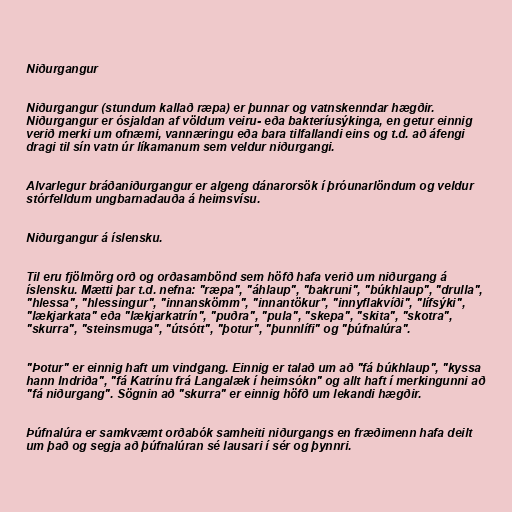
Niðurgangur

Niðurgangur (stundum kallað ræpa) er þunnar og vatnskenndar hægðir.
Niðurgangur er ósjaldan af völdum veiru- eða bakteríusýkinga, en getur einnig
verið merki um ofnæmi, vannæringu eða bara tilfallandi eins og t.d. að áfengi
dragi til sín vatn úr líkamanum sem veldur niðurgangi.

Alvarlegur bráðaniðurgangur er algeng dánarorsök í þróunarlöndum og veldur
stórfelldum ungbarnadauða á heimsvísu.

Niðurgangur á íslensku.

Til eru fjölmörg orð og orðasambönd sem höfð hafa verið um niðurgang á
íslensku. Mætti þar t.d. nefna: "ræpa", "áhlaup", "bakruni", "búkhlaup", "drulla",
"hlessa", "hlessingur", "innanskömm", "innantökur", "innyflakvíði", "lífsýki",
"lækjarkata" eða "lækjarkatrín", "puðra", "pula", "skepa", "skita", "skotra",
"skurra", "steinsmuga", "útsótt", "þotur", "þunnlífi" og "þúfnalúra".

"Þotur" er einnig haft um vindgang. Einnig er talað um að "fá búkhlaup", "kyssa
hann Indriða", "fá Katrínu frá Langalæk í heimsókn" og allt haft í merkingunni að
"fá niðurgang". Sögnin að "skurra" er einnig höfð um lekandi hægðir.

Þúfnalúra er samkvæmt orðabók samheiti niðurgangs en fræðimenn hafa deilt
um það og segja að þúfnalúran sé lausari í sér og þynnri.